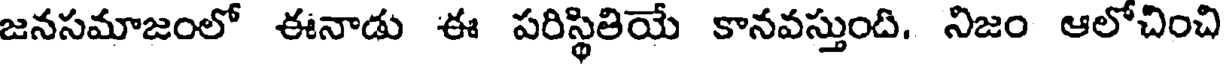
జనసమాజంలో ఈనాడు ఈ పరిస్థితియే కానవస్తుంది. నిజం ఆలోచించి